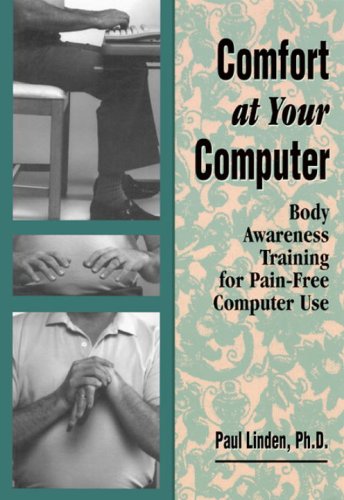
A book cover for Comfort at Your Computer: Body Awareness Training for Pain-Free Computer Use; Paul Linden; Health, Fitness & Dieting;